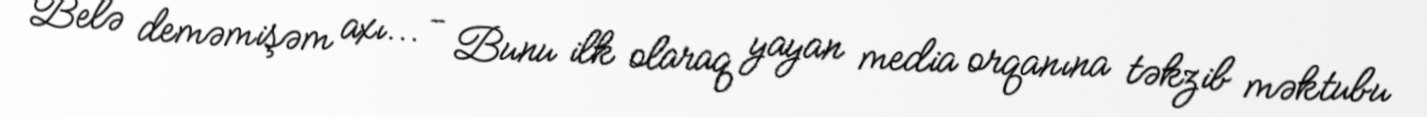
Belə deməmişəm axı... - Bunu ilk olaraq yayan media orqanına təkzib məktubu